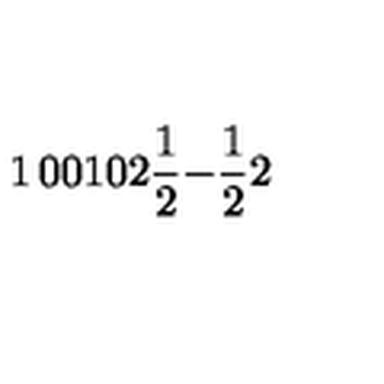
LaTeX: \begin{matrix} { 1 } & { 0 } & { 0 } \\ { 1 } & { 0 } & { 2 } \\ { { \frac { 1 } { 2 } } } & { - { \frac { 1 } { 2 } } } & { { 2 } } \\ \end{matrix}